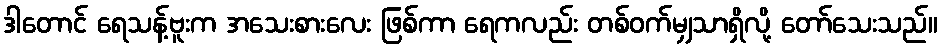
ဒါတောင် ရေသန့်ဗူးက အသေးစားလေး ဖြစ်ကာ ရေကလည်း တစ်ဝက်မျှသာရှိလို့ တော်သေးသည်။